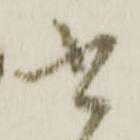
書